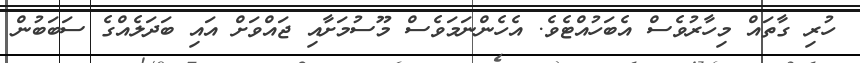
ހުރި ގާތައް މިހާރުވެސް އެބަހުއްޓެވެ. އެހެންނަމަވެސް މޫސުމަށާއި ޖައްވަށް އައި ބަދަލެއްގެ ސަބަބުން